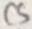
Text: C8